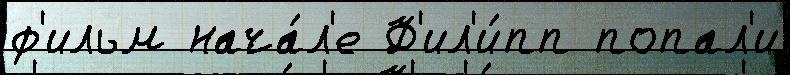
ф'ильм нача́л'е Ф'ил'и́пп попал'и